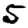
Digit: 5